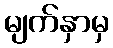
မျက်နှာမှ